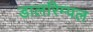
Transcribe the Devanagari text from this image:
डालरिम्पल